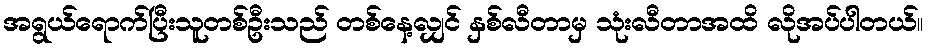
အရွယ်ရောက်ပြီးသူတစ်ဦးသည် တစ်နေ့လျှင် နှစ်လီတာမှ သုံးလီတာအထိ လိုအပ်ပါတယ်။